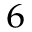
^ { 6 }